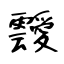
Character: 靉